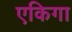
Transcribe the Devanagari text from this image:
एकिगा